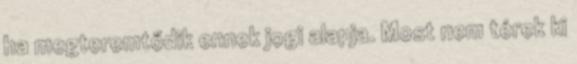
ha megteremtődik ennek jogi alapja. Most nem térek ki